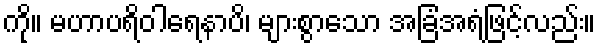
ကို။ မဟာပရိဝါရေနာပိ၊ များစွာသော အခြံအရံဖြင့်လည်း။